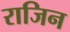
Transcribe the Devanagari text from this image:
राजिन